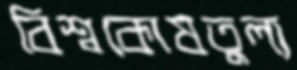
বিশ্বকোষতুল্য